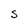
Character: s